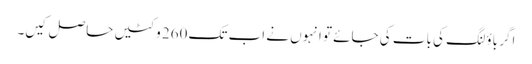
اگر باؤلنگ کی بات کی جائے تو انہوں نے اب تک 260 وکٹیں حاصل کیں۔